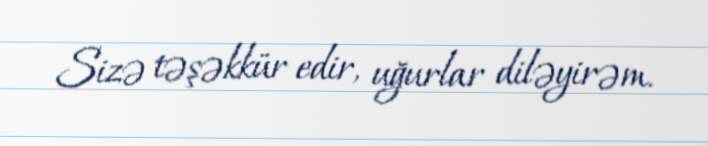
Sizə təşəkkür edir, uğurlar diləyirəm.